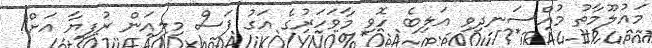
މައުލޫމާތު މުއްސަނދިވި އަލިބެ ހޮވި މާވަހަރުގެ އަގު ފަސް މިލިއަން ރުފިޔާ އަށް!